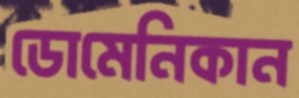
ডোমেনিকান